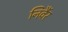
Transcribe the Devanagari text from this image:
निर्वैर